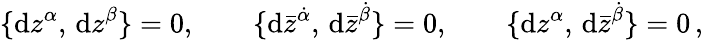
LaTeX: \{ \mathrm{d}z^{\alpha},\, \mathrm{d}z^{\beta}\} =0,\qquad\{ \mathrm{d}\bar{{z}}^{\dot{{\alpha}}},\, \mathrm{d}\bar{{z}}^{\dot{{\beta}}}\} =0,\qquad\{ \mathrm{d}z^{\alpha},\, \mathrm{d}\bar{{z}}^{\dot{{\beta}}}\} =0\, ,